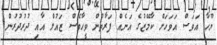
ޔޫހާ އަވަސް އަވަހަށް ކާމޭޒުގެ އަނެއް ފަރާތުން ވީހާވެސް ޒައުލް އާއި ދުރުދުރުން